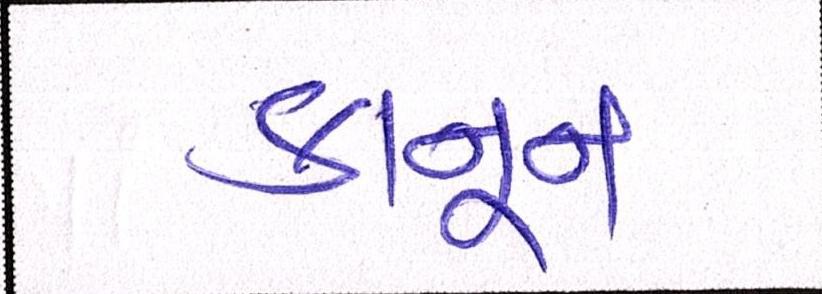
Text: કાનૂન